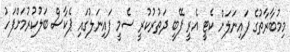
މިމުބާރާތުގެ ފައިނަލަށް ކެޓީ އެރީ ފޭބީ ދަތުރުކުރީ ސެމީ ފައިނަލުގައި ޕެކާސް ބަލުކުރުމަށްފަހު